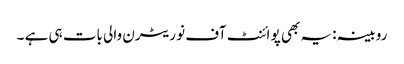
روبینہ:یہ بھی پو ائنٹ آف نو ریٹرن والی بات ہی ہے ۔